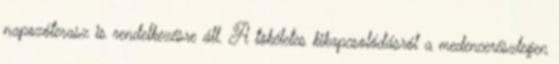
napozóterasz is rendelkezésre áll. A tökéletes kikapcsolódásról a medencerészlegen